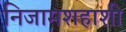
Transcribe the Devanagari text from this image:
निजामशहाशी